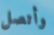
وأتصل